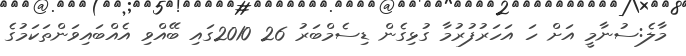
މާލެ:ސުނާމީ އަށް ހަ އަހަރުފުރުމާ ގުޅިގެން ޑިސެމްބަރު 26 2010ގައި ބޭއްވި އެއްބައިވަންތަކަމުގެ